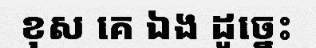
ខុស គេ ឯង ដូច្នេះ